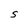
Character: S